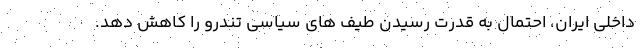
داخلی ایران، احتمال به قدرت رسیدن طیف های سیاسی تندرو را کاهش دهد.